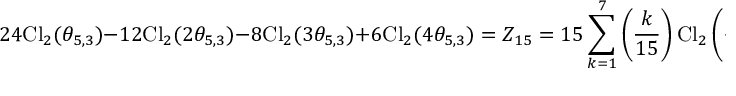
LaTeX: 2 4 \mathrm { C l } _ { 2 } ( \theta _ { 5 , 3 } ) - 1 2 \mathrm { C l } _ { 2 } ( 2 \theta _ { 5 , 3 } ) - 8 \mathrm { C l } _ { 2 } ( 3 \theta _ { 5 , 3 } ) + 6 \mathrm { C l } _ { 2 } ( 4 \theta _ { 5 , 3 } ) = Z _ { 1 5 } = 1 5 \sum _ { k = 1 } ^ { 7 } \left( \frac { k } { 1 5 } \right) \mathrm { C l } _ { 2 } \left( \frac { 2 \pi k } { 1 5 } \right)